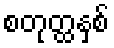
စတုတ္ထနှစ်